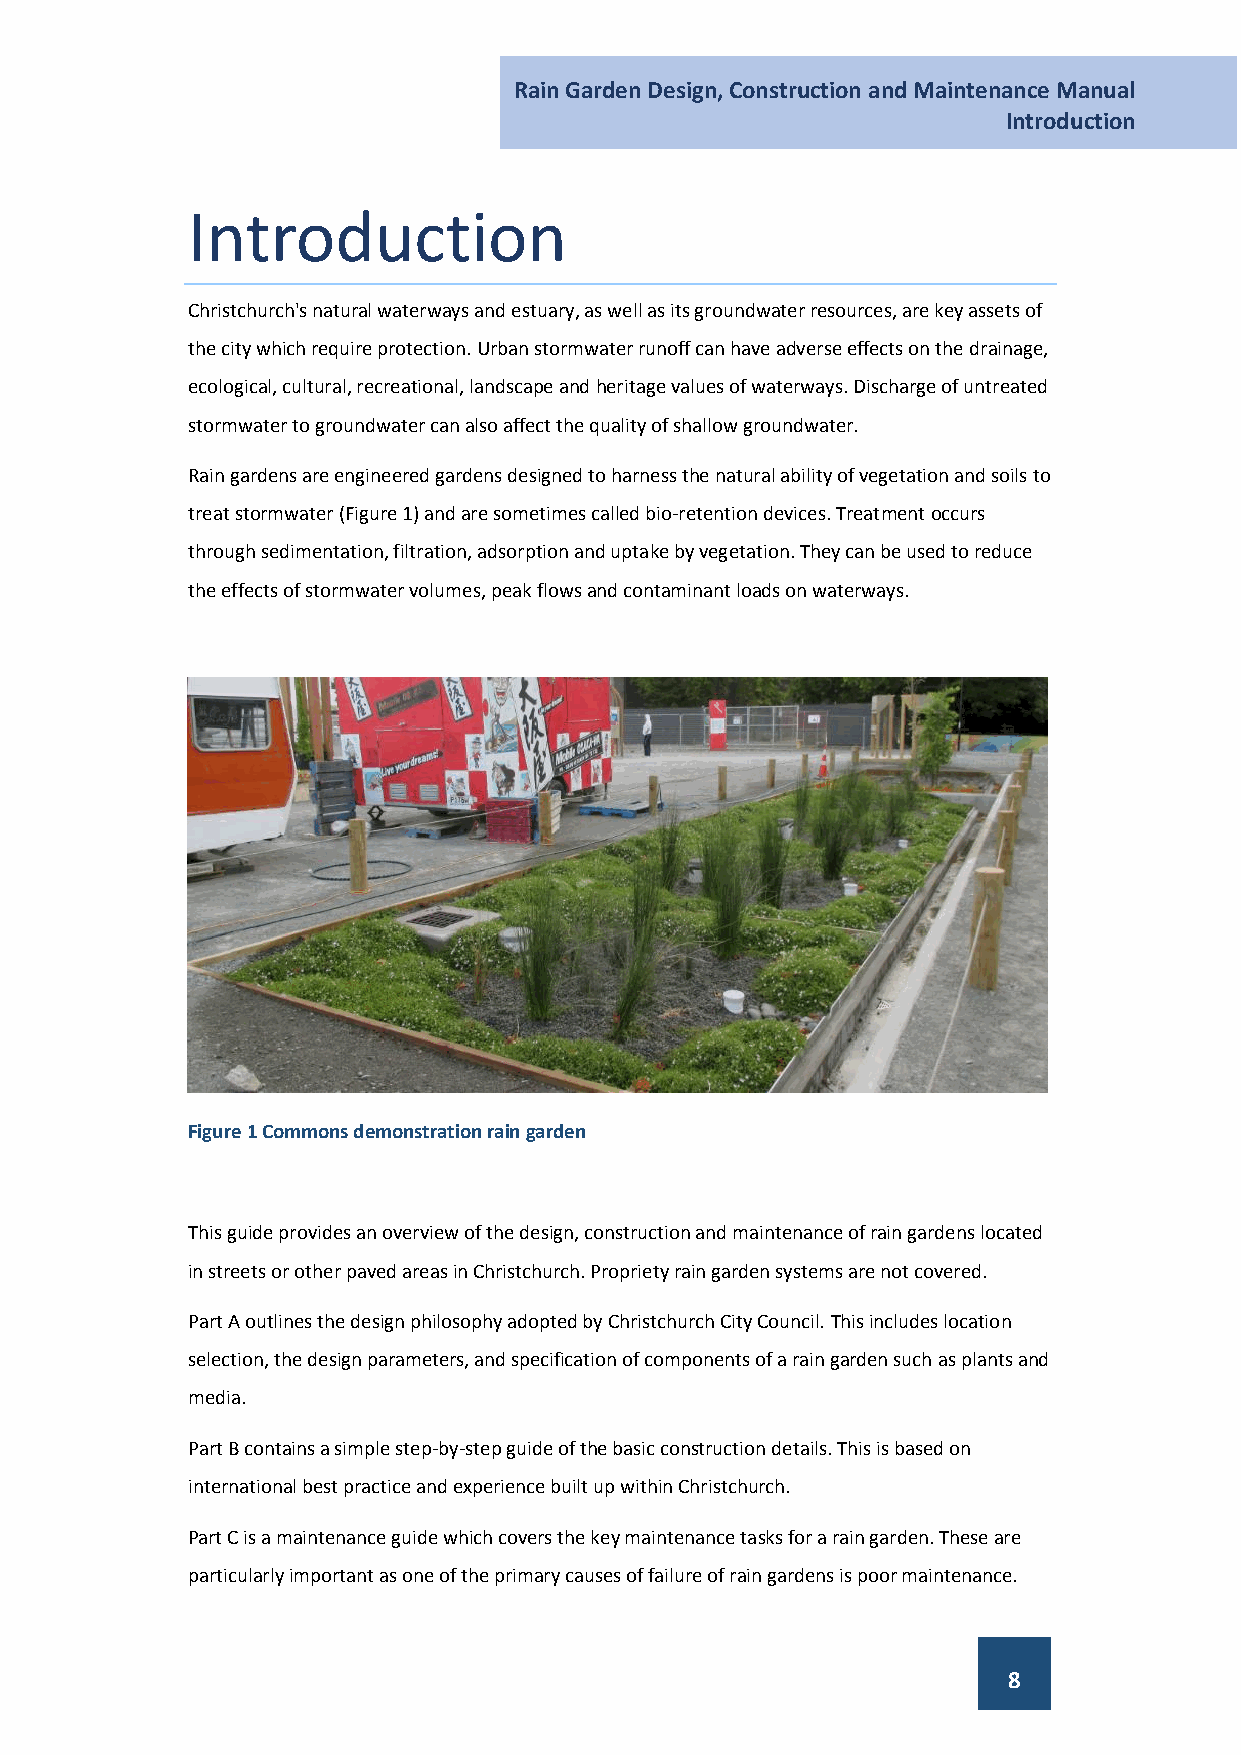
Rain Garden Design, Construction and Maintenance Manual
 Introduction
 Introduction
 Christchurch's natural waterways and estuary, as well as its groundwater resources, are key assets of
 the city which require protection. Urban stormwater runoff can have adverse effects on the drainage,
 ecological, cultural, recreational, landscape and heritage values of waterways. Discharge of untreated
 stormwater to groundwater can also affect the quality of shallow groundwater.
 Rain gardens are engineered gardens designed to harness the natural ability of vegetation and soils to
 treat stormwater (Figure 1) and are sometimes called bio-retention devices. Treatment occurs
 through sedimentation, filtration, adsorption and uptake by vegetation. They can be used to reduce
 the effects of stormwater volumes, peak flows and contaminant loads on waterways.
 Figure 1 Commons demonstration rain garden
 This guide provides an overview of the design, construction and maintenance of rain gardens located
 in streets or other paved areas in Christchurch. Propriety rain garden systems are not covered.
 Part A outlines the design philosophy adopted by Christchurch City Council. This includes location
 selection, the design parameters, and specification of components of a rain garden such as plants and
 media.
 Part B contains a simple step-by-step guide of the basic construction details. This is based on
 international best practice and experience built up within Christchurch.
 Part C is a maintenance guide which covers the key maintenance tasks for a rain garden. These are
 particularly important as one of the primary causes of failure of rain gardens is poor maintenance.
 8